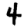
Digit: 4